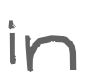
Text: in
Cross-out: clean
Writing tool: digital_gray